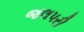
જલપરી